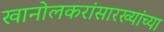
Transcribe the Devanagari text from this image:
खानोलकरांसारख्यांच्या